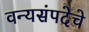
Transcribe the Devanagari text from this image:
वन्यसंपदेचे